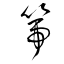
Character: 箒